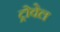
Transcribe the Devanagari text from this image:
ट्रोवेल